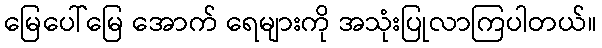
မြေပေါ်မြေ အောက် ရေများကို အသုံးပြုလာကြပါတယ်။